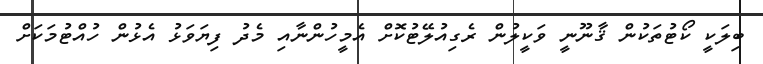
ބިލަކީ ކޯޓުތަކުން ޤާނޫނީ ވަކީލުން ރެގިއުލޭޓުކޮށް އެމީހުންނާއި މެދު ފިޔަވަޅު އެޅުން ހުއްޓުމަކަށް